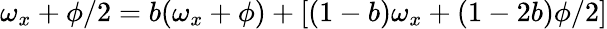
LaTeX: \omega_{x}+\phi/2=b(\omega_{x}+\phi)+[(1-b)\omega_{x}+(1-2b)\phi/2]